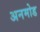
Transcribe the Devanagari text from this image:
अनमोड